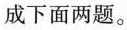
成下面两题。